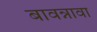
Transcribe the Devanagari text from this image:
बावन्नावा